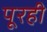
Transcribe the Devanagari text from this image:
पूरही